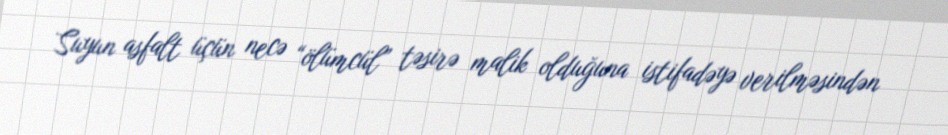
Suyun asfalt üçün necə “ölümcül” təsirə malik olduğuna istifadəyə verilməsindən